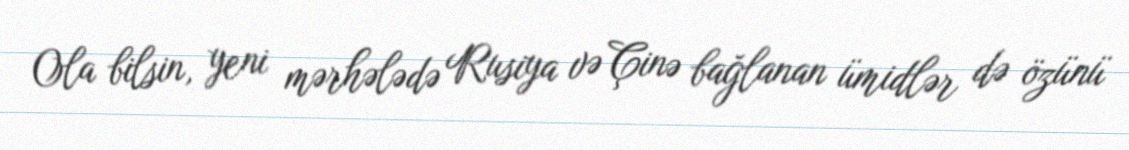
Ola bilsin, yeni mərhələdə Rusiya və Çinə bağlanan ümidlər də özünü